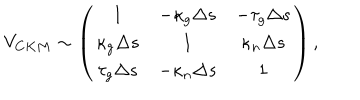
LaTeX: V _ { C K M } \sim \left( \begin{array} { c c c } { { 1 } } & { { - \kappa _ { g } \Delta s } } & { { - \tau _ { g } \Delta s } } \\ { { \kappa _ { g } \Delta s } } & { { 1 } } & { { \kappa _ { n } \Delta s } } \\ { { \tau _ { g } \Delta s } } & { { - \kappa _ { n } \Delta s } } & { { 1 } } \\ \end{array} \right) ,